Virumaa_algkoolid, lk 17
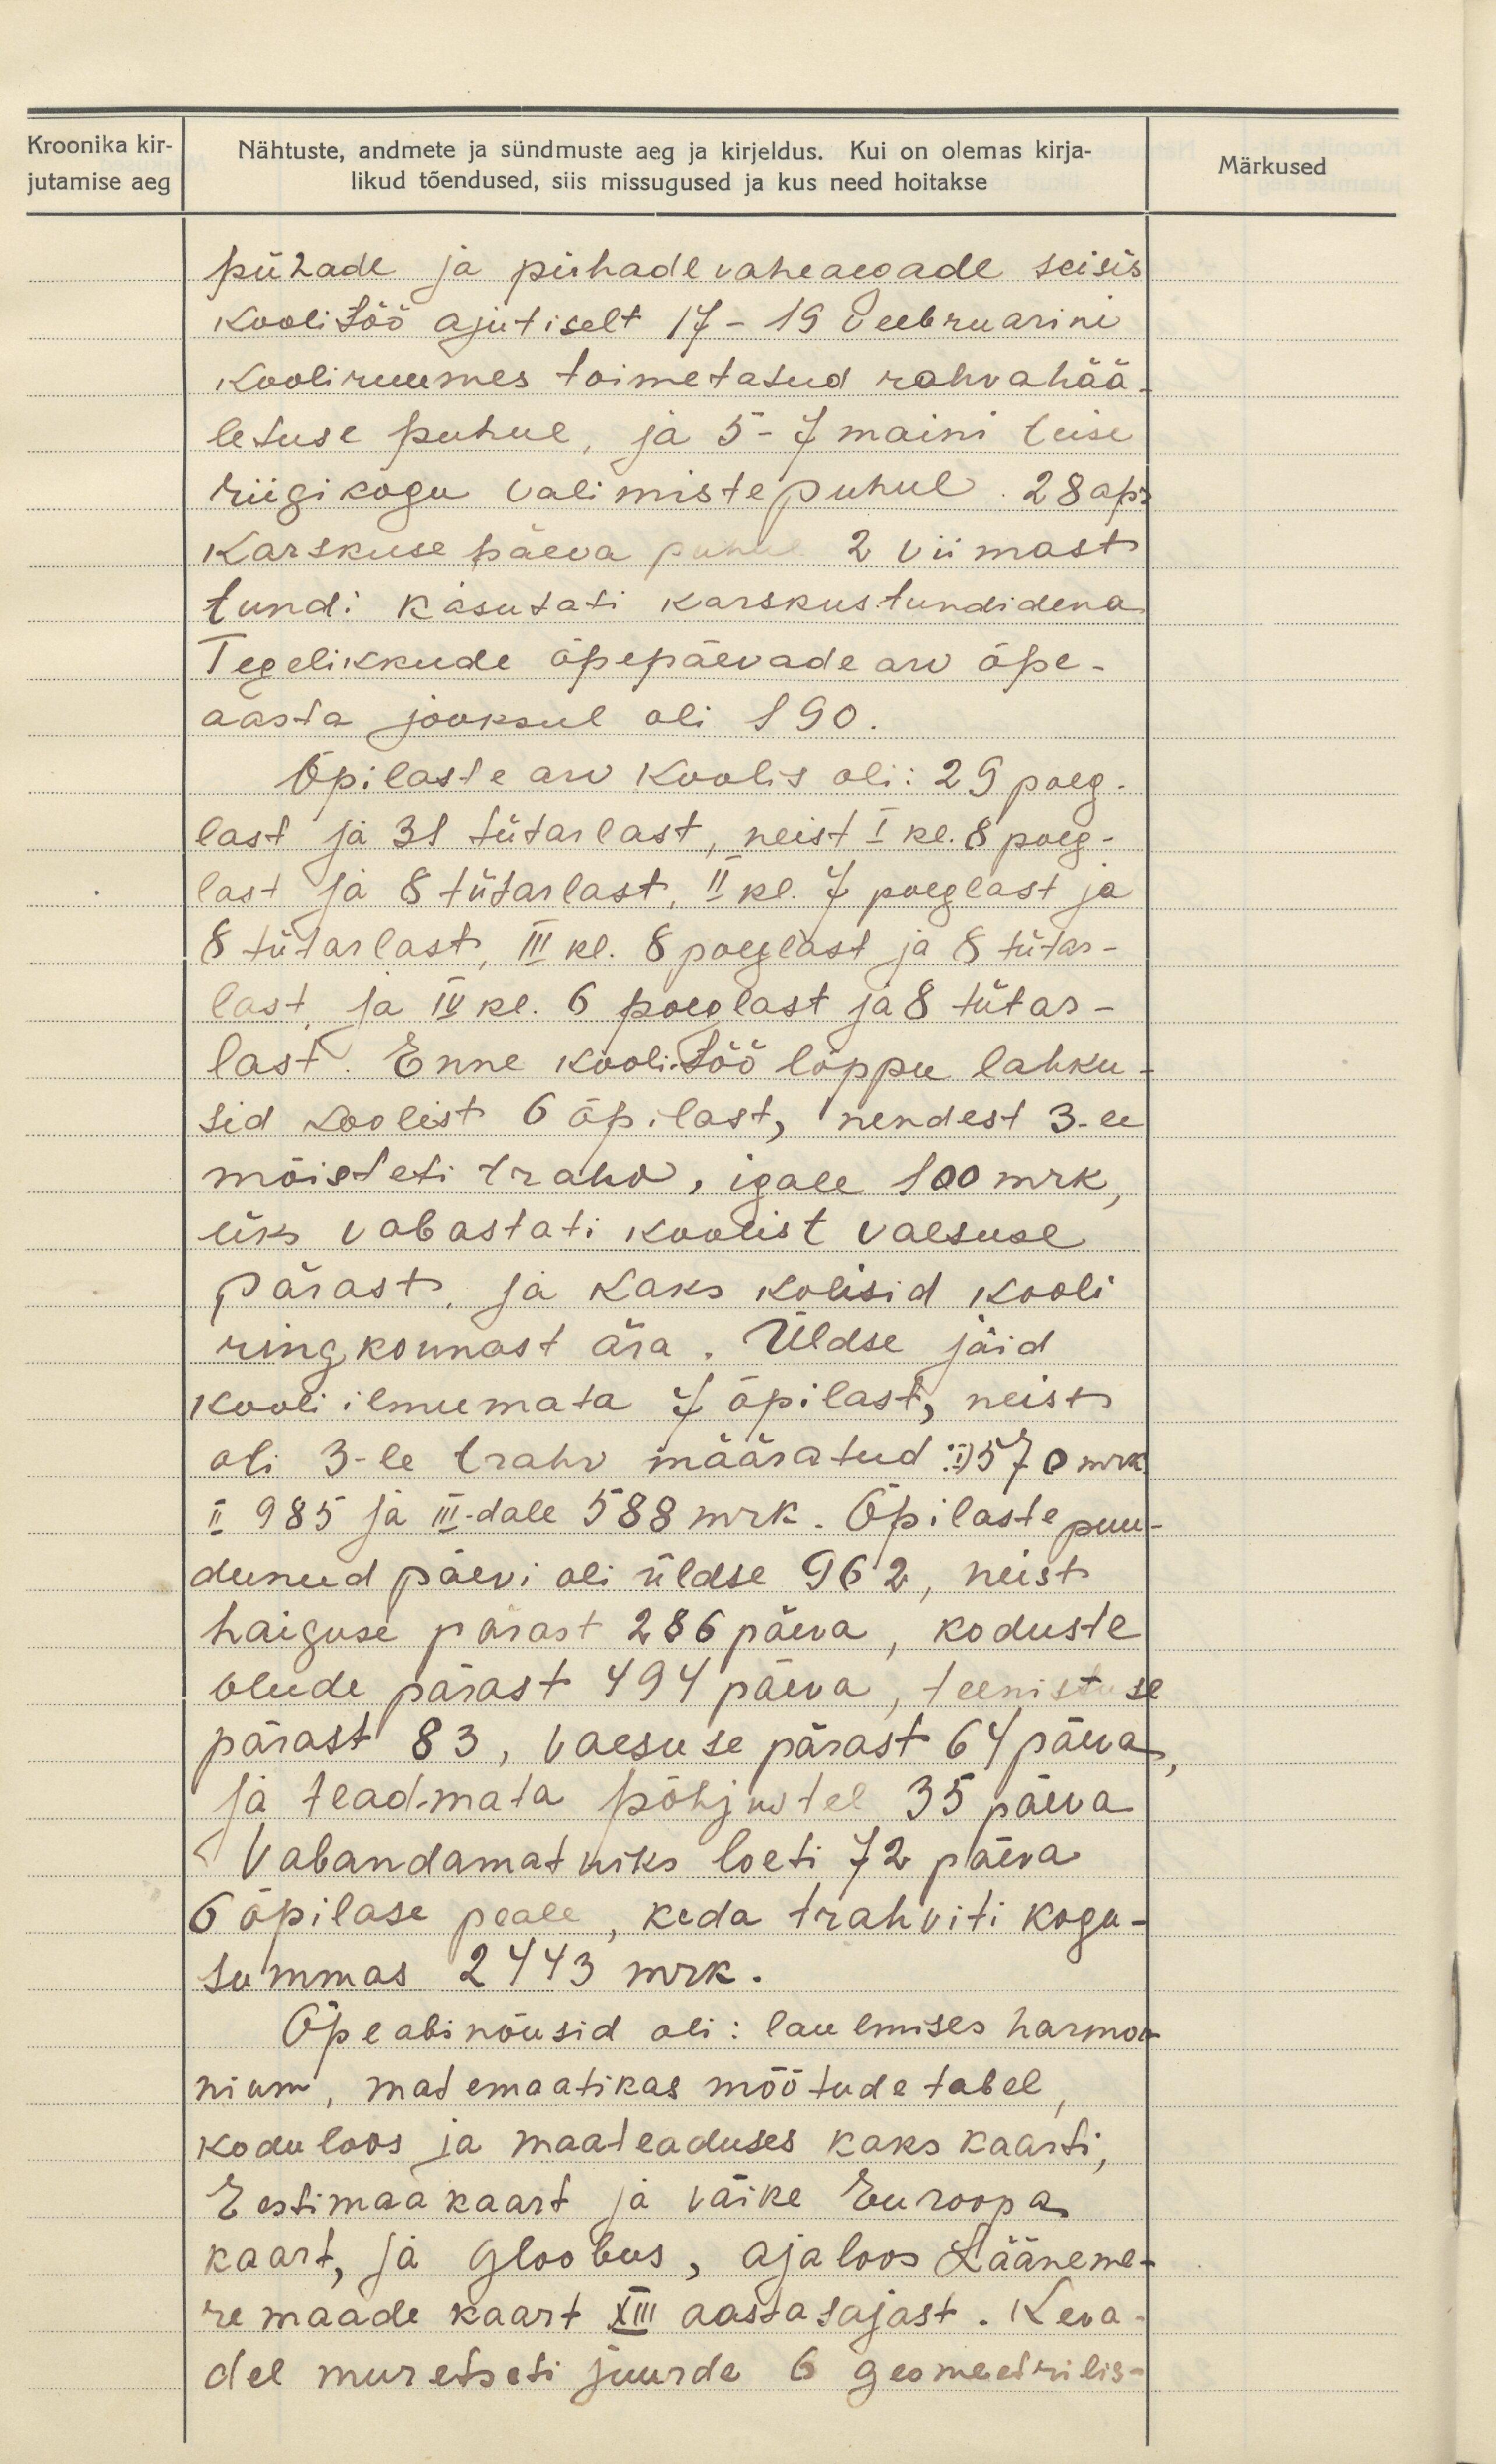
Kroonika kir-
jutamise aeg

Nähtuste, andmete ja sündmuste aeg ja kirjeldus. Kui on olemas kirja-
likud tõendused, siis missugused ja kus need hoitakse

Märkused

pühade ja pühade vaheaegade seisis
koolitöö ajutiselt 17-19 veebruarini
Kooliruumes toimetatud rahvahää-
letuse puhul, ja 5-7 maini teise
riigikogu valimiste puhul. 28 apr.
Karskuse päeva puhul 2 viimast
tundi kasutati karskustundidena
Tegelikkude õppepäevade arv õpe-
aasta jooksul oli 190.
Õpilaste arv koolis oli: 29 poeg-
last ja 31 tütarlast, neist I kl. 8 poeg-
last ja 8 tütarlast, II kl. 7 poeglast ja
8 tütarlast, III kl. 8 poeglast ja 8 tütar-
last ja IV kl. 6 poeglast ja 8 tütar-
last. Enne kooli töö lõppu lahku-
sid koolist 6 õpilast, nendest 3-le
mõisteti trahv, igale 100 mrk,
üks vabastati koolist vaesuse
pärast ja kaks kolisid kooli
ringkonnast ära. Üldse jäid
kooli ilmumata 7 õpilast, neist
oli 3-le trahv määratud: I) 370 mrk.
II 985 ja III-dale 588 mrk. Õpilaste puu-
dunud päevi oli üldse 962, neist
haiguse pärast 286 päeva, koduste
olude pärast 494 päeva, teenistuse
pärast 83, vaesuse pärast 64 päeva
ja teadmata põhjustel 35 päeva.
Vabandamatuks loeti 72 päeva
6 õpilase peale, keda trahviti kogu-
Summas 2443 mrk.
Õpeabinõusid oli: laulmises harmoo-
nium, matemaatikas mõõtude tabel,
koduloos ja maateaduses kaks kaarti,
Eestimaakaart ja väike Euroopa
kaart, ja gloobus, ajaloos Lääneme-
re maade kaart XIII aastasajast. Keva-
del muretseti juurde 6 geomeetrilis-